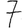
Digit: 7